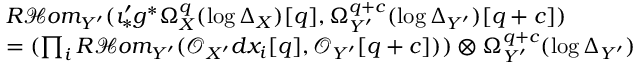
\begin{array} { r l } & { R \mathcal { H } o m _ { Y ^ { \prime } } ( \imath _ { * } ^ { \prime } g ^ { * } \Omega _ { X } ^ { q } ( \log \Delta _ { X } ) [ q ] , \Omega _ { Y ^ { \prime } } ^ { q + c } ( \log \Delta _ { Y ^ { \prime } } ) [ q + c ] ) } \\ & { = ( \prod _ { i } R \mathcal { H } o m _ { Y ^ { \prime } } ( \mathscr { O } _ { X ^ { \prime } } d x _ { i } [ q ] , \mathscr { O } _ { Y ^ { \prime } } [ q + c ] ) ) \otimes \Omega _ { Y ^ { \prime } } ^ { q + c } ( \log \Delta _ { Y ^ { \prime } } ) } \end{array}